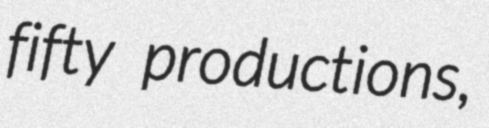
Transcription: fifty productions,